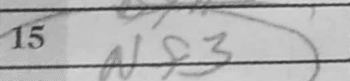
Transcription: Nf3